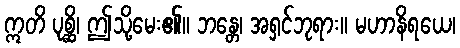
ဣတိ ပုစ္ဆိ၊ ဤသို့မေး၏။ ဘန္တေ၊ အရှင်ဘုရား။ မဟာနိရယေ၊